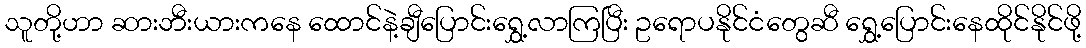
သူတို့ဟာ ဆားဘီးယားကနေ ထောင်နဲ့ချီပြောင်းရွှေ့လာကြပြီး ဥရောပနိုင်ငံတွေဆီ ရွှေ့ပြောင်းနေထိုင်နိုင်ဖို့